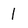
Character: 1